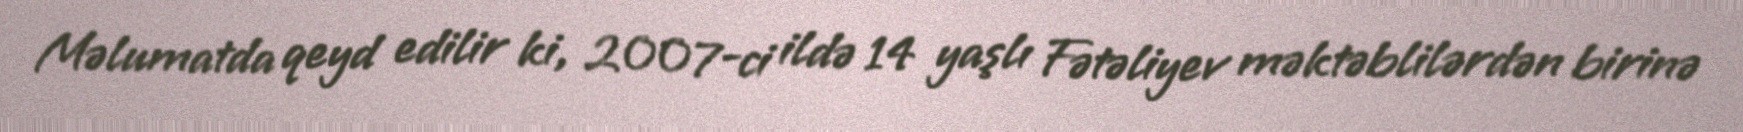
Məlumatda qeyd edilir ki, 2007-ci ildə 14 yaşlı Fətəliyev məktəblilərdən birinə